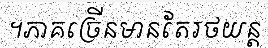
។ភាគច្រើនមានតែរថយន្ត